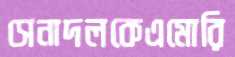
সেনাদলকেএমোরি